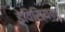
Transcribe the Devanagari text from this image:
डेविसियन